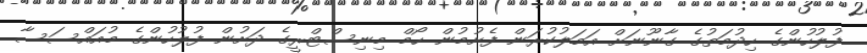
ފުލުހުންގެ ހިދުމަތުގެ ގާނޫނަށް އަމަލުކުރަން ފެށުމުން ހޯމް މިނިސްޓްރީގެ ދަށުން ފުލުހުންގެ މުއައްސަސާ